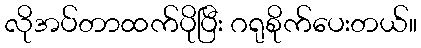
လိုအပ်တာထက်ပိုပြီး ဂရုစိုက်ပေးတယ်။